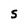
Character: S